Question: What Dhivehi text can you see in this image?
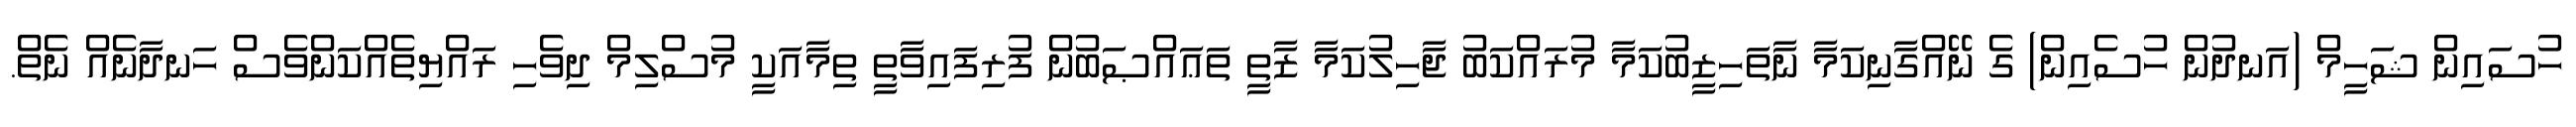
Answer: ހުސައިން ޝަހީމް (އަނދުން ހުސެއިން) ގެ ނޭއްގާނިކަމާ ނާތަހިޒީބުކަމާ މުރައްކަބު ޖާހިލުކަމާ ޒާތީ ތަޢައްޞަބުން ފުރިފައިވާތީ ތިމާއަކީ މުސްލިމް ދިވެހި ރައްޔިތެއްކަންވެސް ހަނދާނެއް ނެތް.